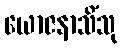
ယောဇနာသိံသု